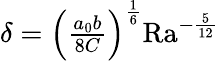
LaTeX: \begin{array}{r}{\delta=\left(\frac{a_{0}b}{8C}\right)^{\frac{1}{6}}\mathrm{{Ra}}^{-\frac{5}{12}}}\end{array}